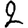
Digit: 2